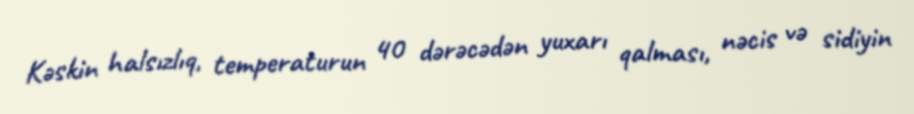
Kəskin halsızlıq, temperaturun 40 dərəcədən yuxarı qalması, nəcis və sidiyin